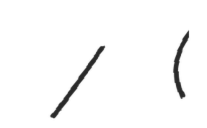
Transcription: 劉 / 刘 (